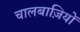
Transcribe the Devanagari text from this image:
चालबाज़ियों